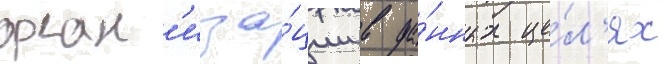
орган'иза́ции в да́нных це́л'ях